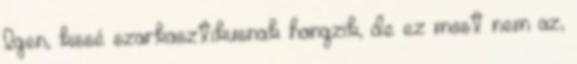
Igen, kissé szarkasztikusnak hangzik, de ez most nem az,